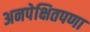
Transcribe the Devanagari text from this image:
अनपेक्षितपणा